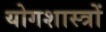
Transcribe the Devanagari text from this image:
योगशास्त्रों